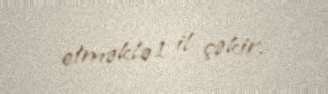
etməklə 1 il çəkir.